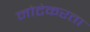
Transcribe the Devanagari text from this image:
मोटेकरता